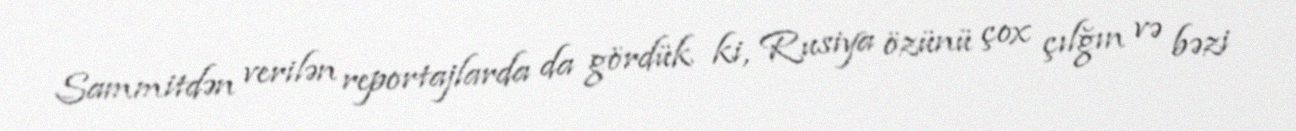
Sammitdən verilən reportajlarda da gördük ki, Rusiya özünü çox çılğın və bəzi